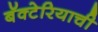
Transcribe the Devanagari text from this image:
बॅक्टेरियाची